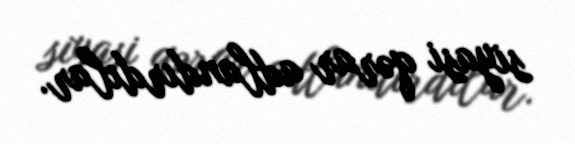
siyasi qərar adlandırdılar.